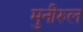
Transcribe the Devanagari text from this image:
मुनीरुल